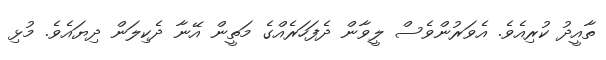
ތާއީދު ކުރިއެވެ. އެވަރުންވެސް ލީވާން ދެފަހަރެއްގެ މަތީން އޭނާ ދެކިލަން ދިޔައެވެ. މުޅި